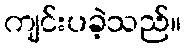
ကျင်းပခဲ့သည်။